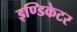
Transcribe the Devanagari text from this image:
इण्डिकेटर